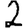
Digit: 2